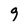
Character: 9